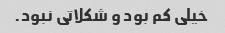
خیلی کم بود و شکلاتی نبود.